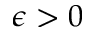
\epsilon > 0